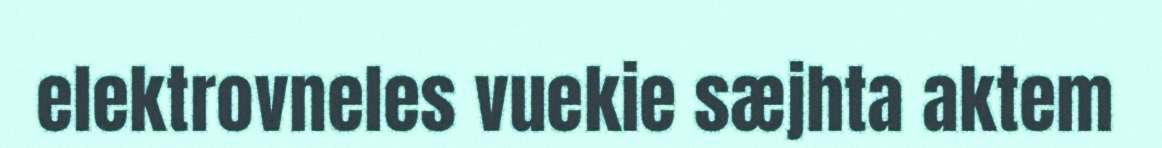
elektrovneles vuekie sæjhta aktem